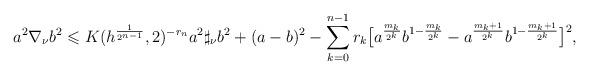
LaTeX: \begin{align*} a^{2}\nabla_{\nu} b^{2} \leqslant K(h^{\frac{1}{2^{n-1}}},2)^{-r_{n}} a^{2}\sharp_{\nu}b^{2}+(a - b)^2-\sum_{k=0}^{n-1}r_{k}\big[a^{\frac{m_k}{2^k}}b^{1-\frac{m_k}{2^k}}- a^{\frac{m_k+1}{2^k}}b^{1-\frac{m_k+1}{2^k}} \big]^{2},\end{align*}